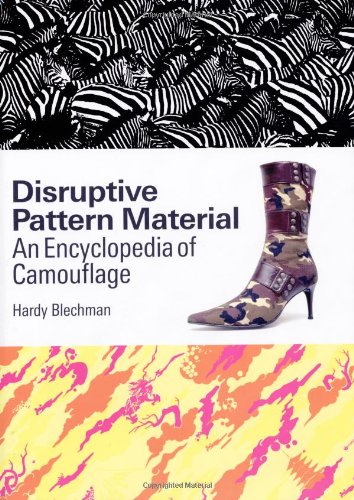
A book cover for Disruptive Pattern Material: An Encyclopedia of Camouflage; Hardy Blechman; Reference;